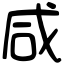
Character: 咸